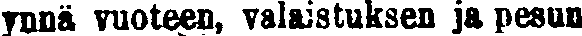
ynnä vuoteen, valaistuksen ja pesun